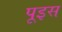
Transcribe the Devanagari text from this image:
पूइस